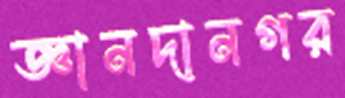
জ্ঞানদানগর